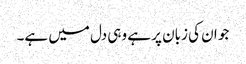
جو ان کی زبان پر ہے وہی دل میں ہے۔